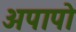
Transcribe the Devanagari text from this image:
अपापो